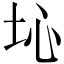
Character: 𡉾